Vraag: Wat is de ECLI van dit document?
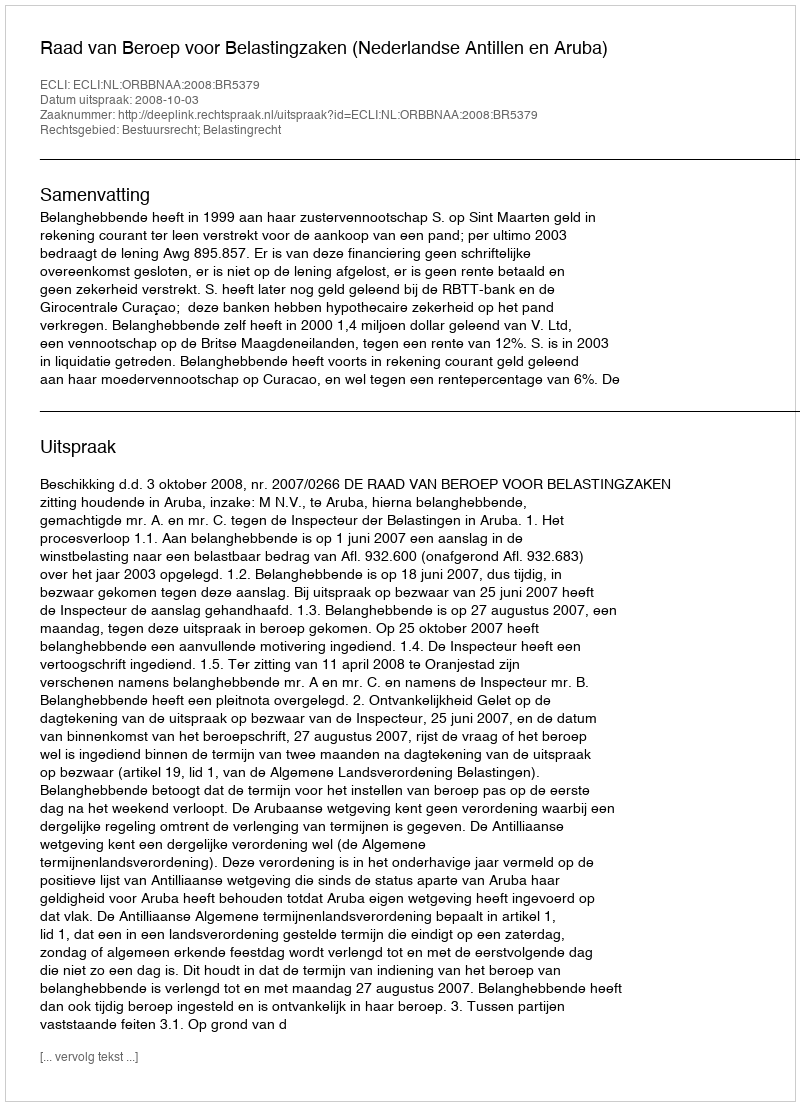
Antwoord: ECLI:NL:ORBBNAA:2008:BR5379